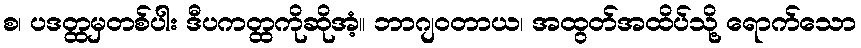
စ၊ ပဒတ္ထမှတစ်ပါး ဒီပကတ္ထကိုဆိုအံ့။ ဘာဂျဝတာယ၊ အထွတ်အထိပ်သို့ ရောက်သော